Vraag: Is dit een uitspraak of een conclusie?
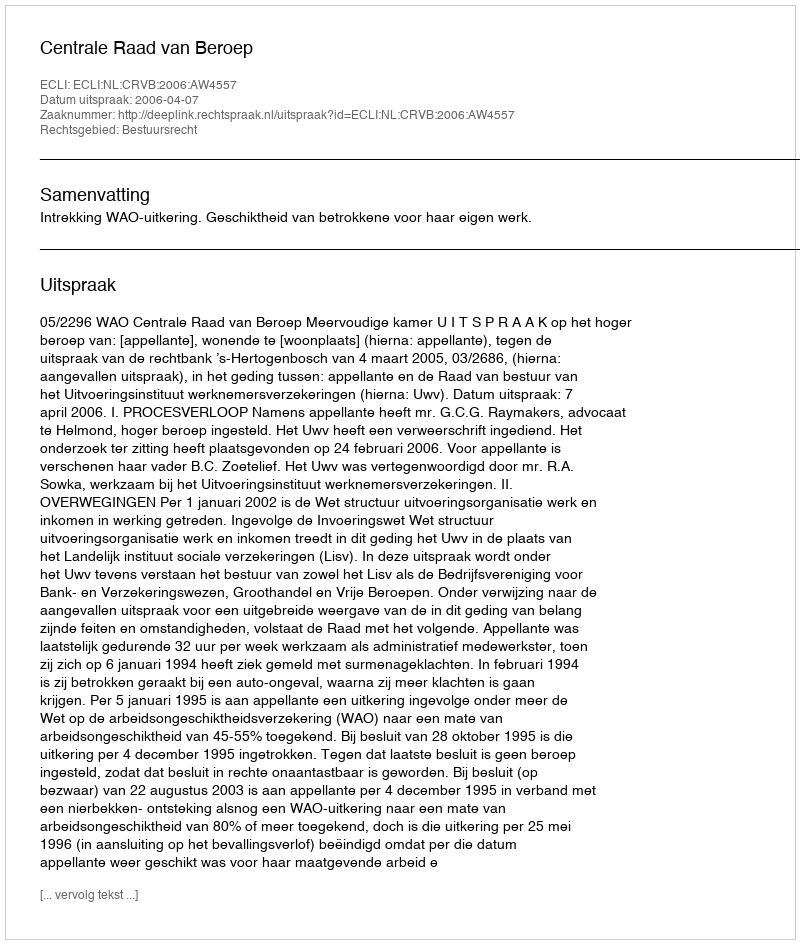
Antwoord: Uitspraak